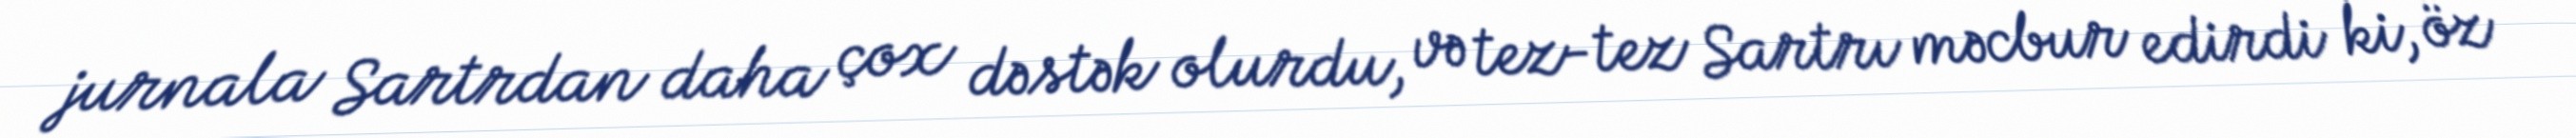
jurnala Sartrdan daha çox dəstək olurdu, və tez-tez Sartrı məcbur edirdi ki, öz